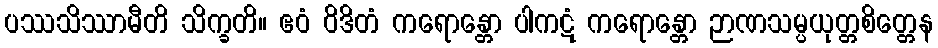
ပဿသိဿာမီတိ သိက္ခတိ။ ဧဝံ ဝိဒိတံ ကရောန္တော ပါကဋံ ကရောန္တော ဉာဏသမ္ပယုတ္တစိတ္တေန